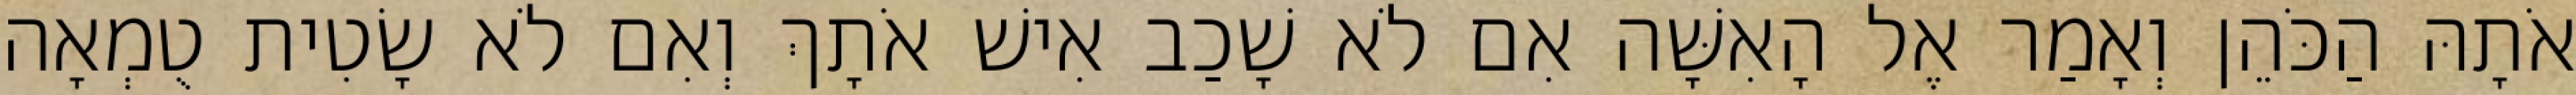
אֹתָהּ הַכֹּהֵן וְאָמַר אֶל הָאִשָּׁה אִם לֹא שָׁכַב אִישׁ אֹתָךְ וְאִם לֹא שָׂטִית טֻמְאָה